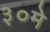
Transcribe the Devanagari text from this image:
३०मे